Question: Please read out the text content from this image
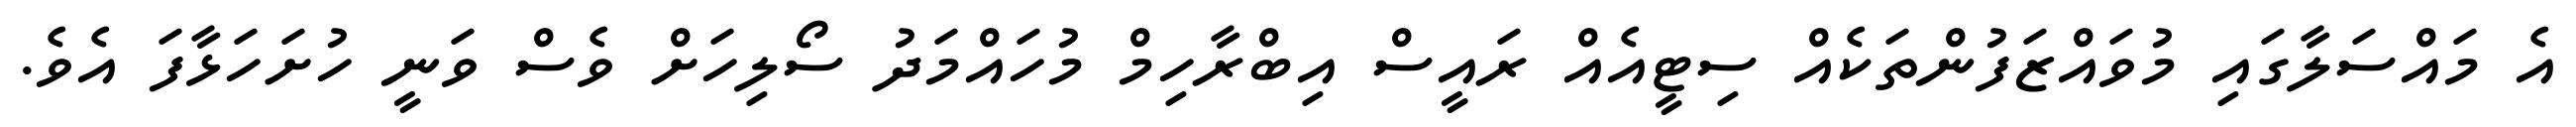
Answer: އެ މައްސަލާގައި މުވައްޒަފުންތަކެއް ސިޓީއެއް ރައީސް އިބްރާހިމް މުހައްމަދު ސޯލިހަށް ވެސް ވަނީ ހުށަހަޅާފަ އެވެ.